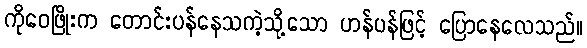
ကိုဝေဖြိုးက တောင်းပန်နေသကဲ့သို့သော ဟန်ပန်ဖြင့် ပြောနေလေသည်။